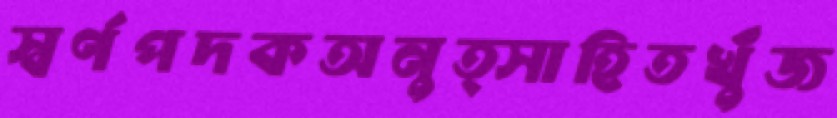
স্বর্ণপদকঅনুত্সাহিতখুঁজ